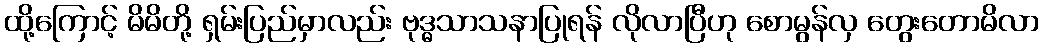
ထို့ကြောင့် မိမိတို့ ရှမ်းပြည်မှာလည်း ဗုဒ္ဓသာသနာပြုရန် လိုလာပြီဟု စောမွန်လှ တွေးတောမိလာ